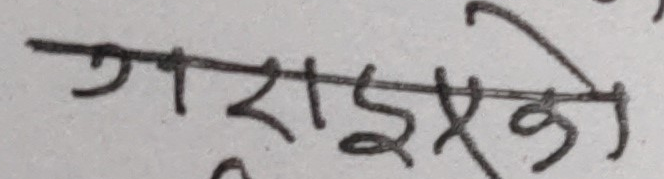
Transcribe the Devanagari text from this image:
गराएको